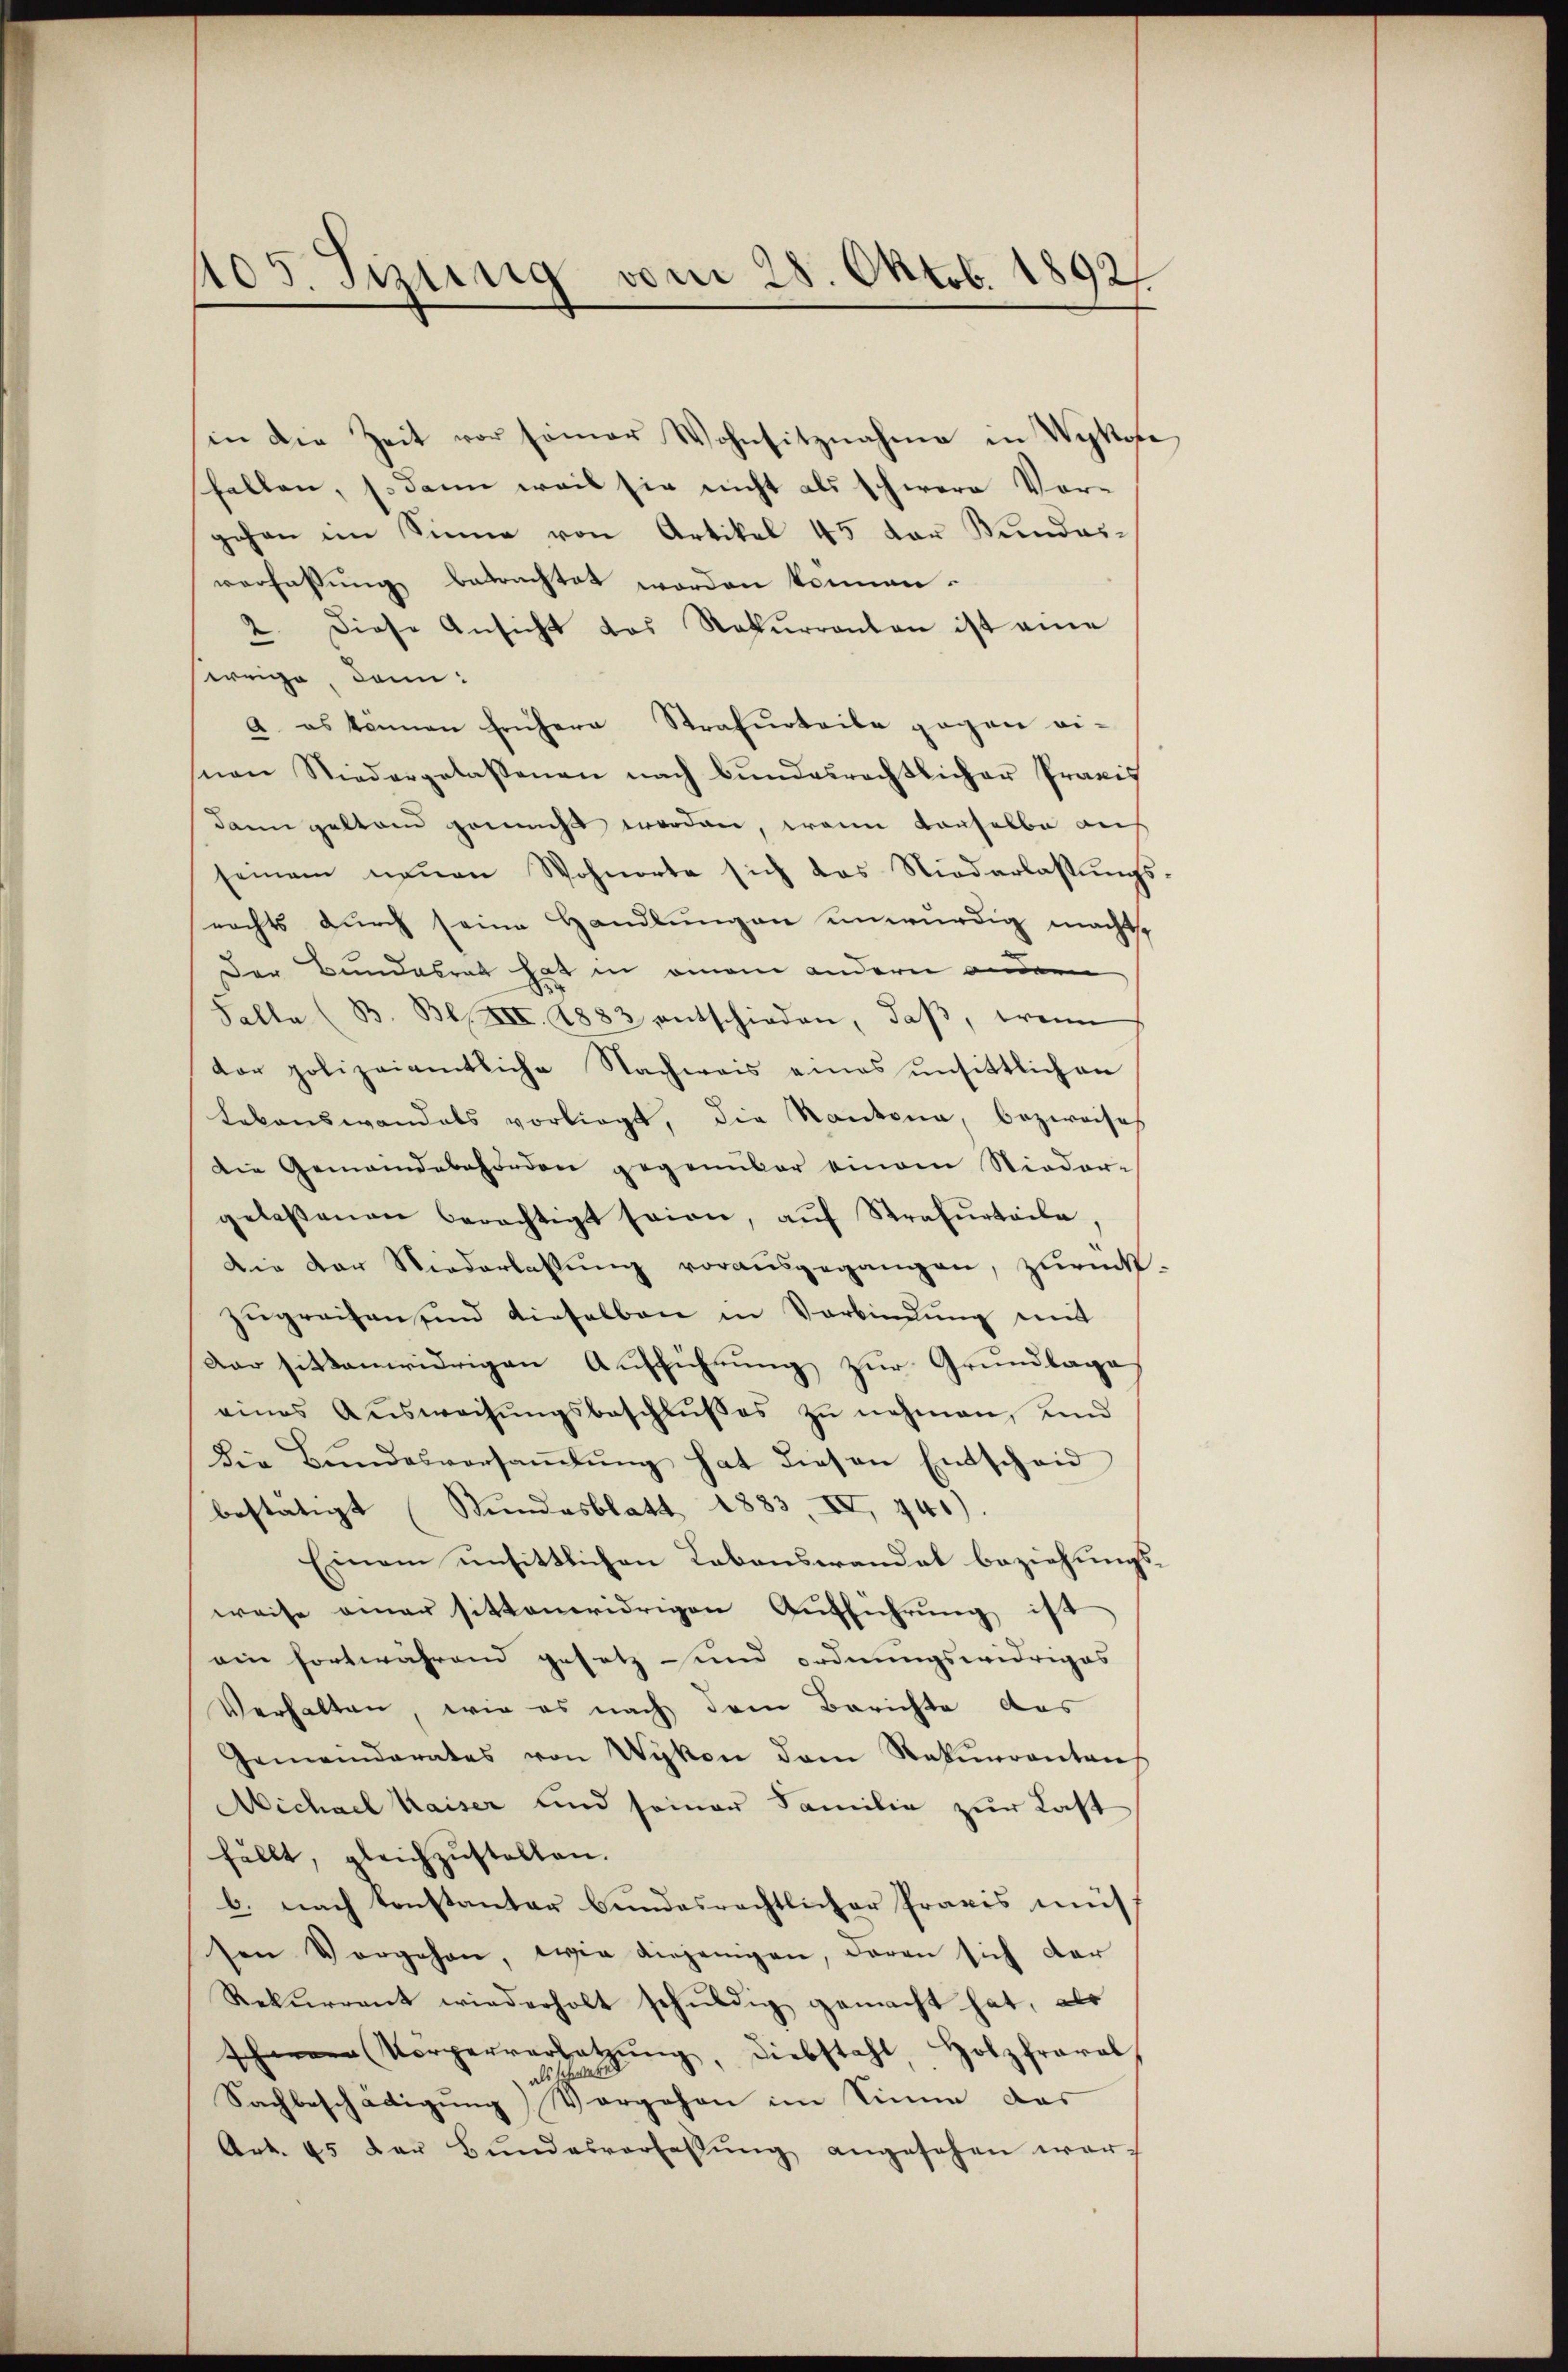
405. Tizung vom 28. Oktob. 1892

in die Zeit vor seiner Wohnsitznahme in Wykofe
hellen, so dann weil sie nicht als schwere Vorgehen im Sinne von Artikel 45 der Kundesverfassung betrachtet worden können.
2. Diese Ansicht das Rekurranton ist eine
weige, dann:
a es können frühere Strafurteile gegen ei-
snen Niedergelassenen nach Bŭndesrechtlicher Praxis
dann geltend gemüht worden, wenn denselbe aus
seinem neŭen Wohnorte sich das Niederlassŭngs-
rechts durch seine Handlungen unwürdig macht,
Der Bundesrat hat in einem andern andern
Falle (B. Bl. XII. 1883 entschieden, daβ, wenn
der polizeiamtliche Nachweis eines unsittlichen
Lebenswandels vorliegt, die Kantona, bezweife
Die Gemeindebehörden gegenüber einem Nieder-
gelassenen berechtigt seien, aŭf Strafurteile
Die der Niederlassŭng vorausgegangen, zurück-
zŭgreifen und dieselben in Verbindung mit
Dar sittenwidrigen Aufführung zur Grundlage,
eines Aŭsweisŭngsbeschlŭβes zŭ nehmen, und
Die Bŭndesversaṁlŭng hat diesen Entscheid
bestätigt (Stundesblatt 1883, II 441)
Einem unsittlichen Lebenswandel beziehungs-
weise einer sittenwidrigen Aufführung ist
ein fortwährend gesetz und ordnungswidriges
Verhalten, wie es nach dem Berichte das
Gemeinderates von Wykon dem Rekurantens
Michael Kaiser und seiner Familie zur Last
fällt, gleichzustellen.
b. nach konstanter bundesrechtlicher Praxis müs
sen Vorgehen, wie diejenigen, daran sich der
Rekurrent wiederholt schŭldig gemacht hat, als
 Körperverletzŭng, Diebstahl, Holzfraral
s
Sachbeschädigung Vorgehen im Sinne das
Art. 45 der Bŭndesverfassŭng angesehen wer¬